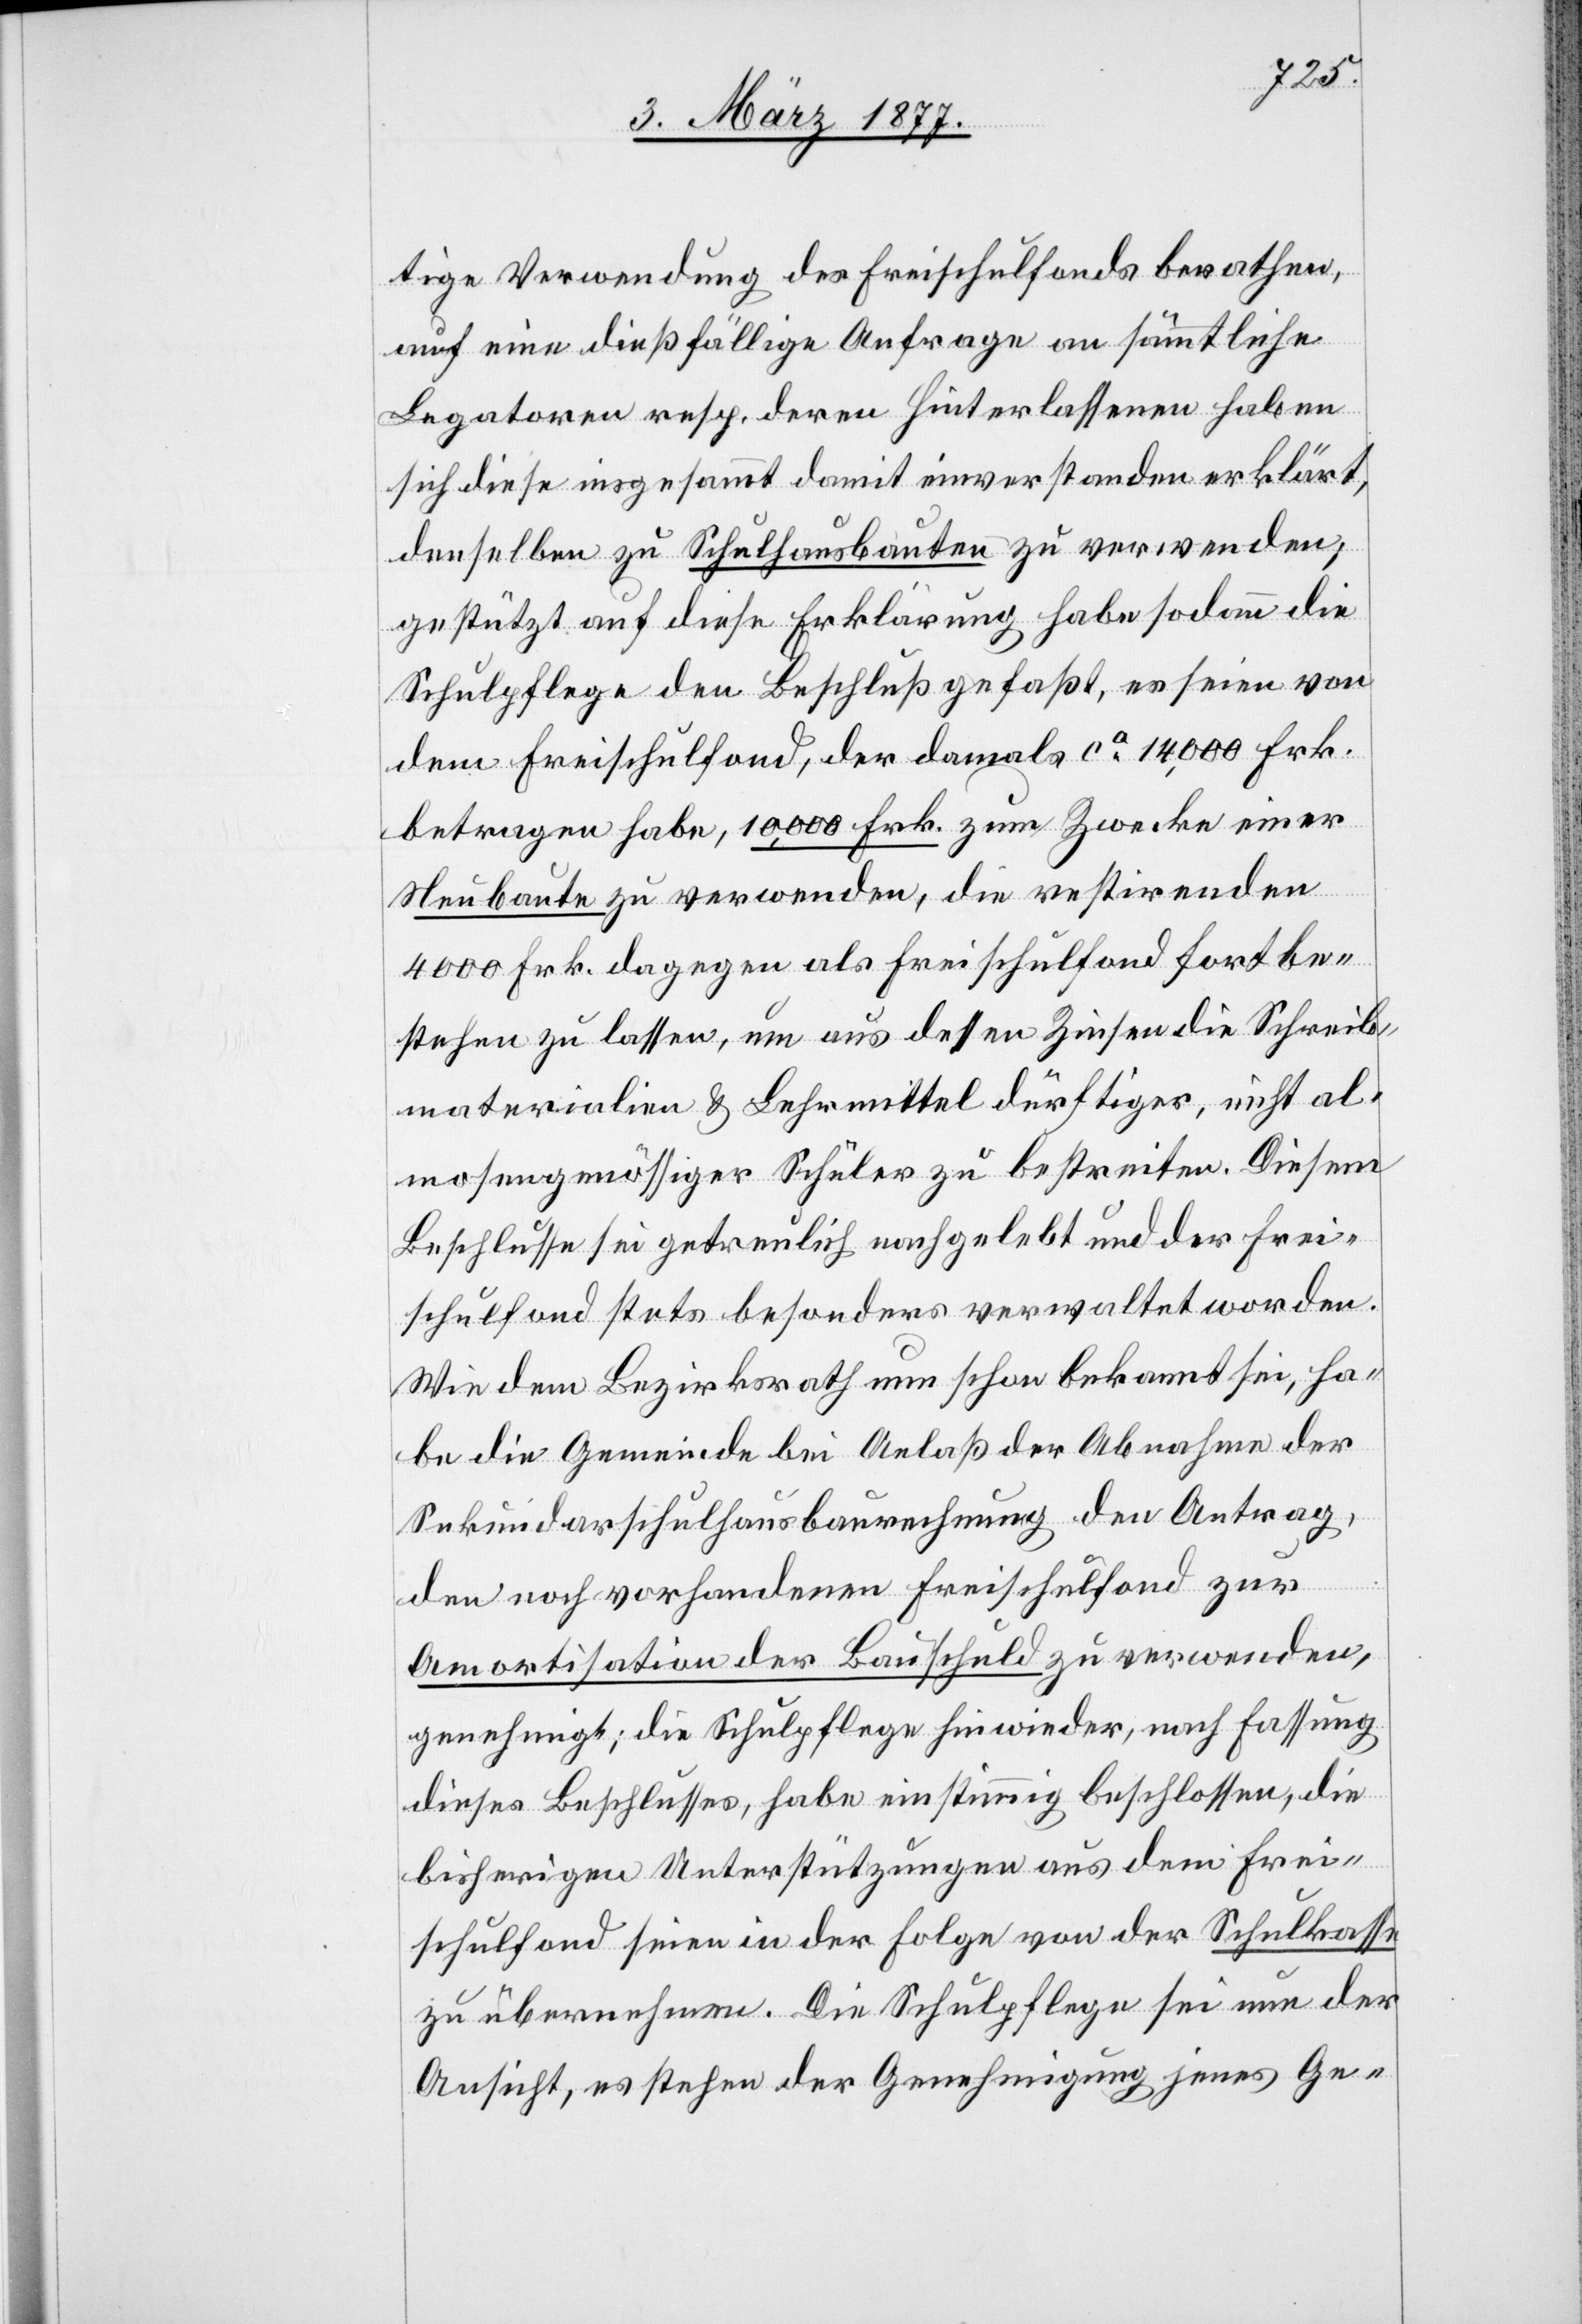
tige Verwendung des Freischulfonds berathen,
auf eine dießfällige Anfrage an sämmtliche
Legatoren resp. deren Hinterlassenen haben
sich diese insgesammt damit einverstanden erklärt,
denselben zu Schulhausbauten zu verwenden;
gestützt auf diese Erklärung habe sodann die
Schulpflege den Beschluß gefaßt, es seien von
dem Freischulfond, der damals ca 14,000 Frk.
betragen habe, 10,000 Frk zum Zwecke einer
Neubaute zu verwenden, die restirenden
4000 Frk. dagegen als Freischulfond fortbe¬
stehen zu lassen, um aus dessen Zinsen die Schreib¬
materialien & Lehrmittel dürftiger, nicht al¬
mosengenössiger Schüler zu bestreiten. Diesem
Beschlusse sei getreulich nachgelebt und der Frei¬
schulfond stets besonders verwaltet worden.
Wie dem Bezirksrath nun schon bekannt sei, ha¬
be die Gemeinde bei Anlaß der Abnahme der
Sekundarschulhausbaurechnung den Antrag,
den noch vorhandenen Freischulfond zur
Amortisation der Bauschuld zu verwenden,
genehmigt; die Schulpflege hiewieder, nach Fassung
dieses Beschlusses, habe einstimmig beschlossen, die
bisherigen Unterstützungen aus dem Frei¬
schulfond seien in der Folge von der Schulkasse
zu übernehmen. Die Schulpflege sei nun der
Ansicht, es stehen der Genehmigung jenes Ge-